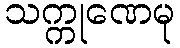
သက္ကုဏေမု